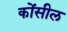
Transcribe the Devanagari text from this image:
कोंसील